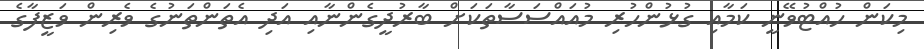
މިކަން ހުއްޓުވޭނީ ކަމާއި ގުޅުންހުރި މުއައްސަސާތަކަށް ބާރުދީގެންނާއި އަދި އެތަންތަނުގެ ވެރިން ވަޒީފާގެ